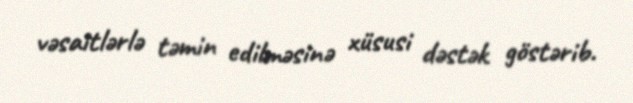
vəsaitlərlə təmin edilməsinə xüsusi dəstək göstərib.